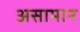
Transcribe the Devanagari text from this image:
असामान